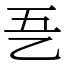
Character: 㐏